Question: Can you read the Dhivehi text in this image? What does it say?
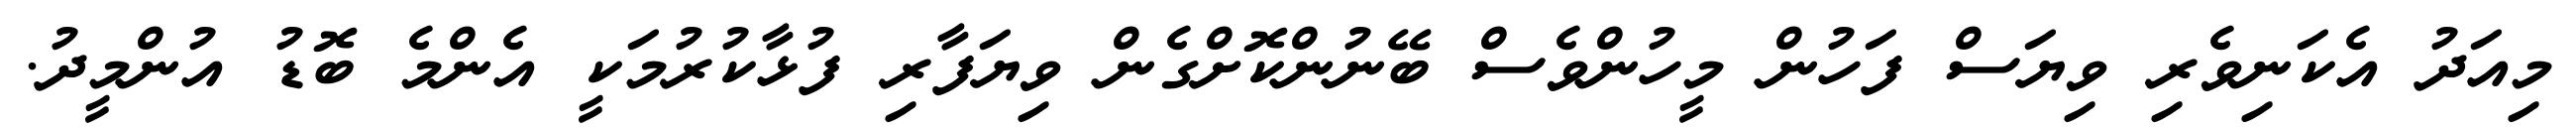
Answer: މިއަދު އެކަނިވެރި ވިޔަސް ފަހުން މީހުންވެސް ބޭނުންކޮށްގެން ވިޔަފާރި ފުޅާކުރުމަކީ އެންމެ ބޮޑު އުންމީދު.